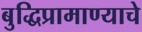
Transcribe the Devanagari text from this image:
बुद्धिप्रामाण्याचे